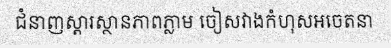
ជំនាញស្តារស្ថានភាពភ្លាម ចៀសវាងកំហុសអចេតនា